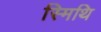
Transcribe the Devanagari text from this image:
स्मिथि